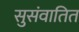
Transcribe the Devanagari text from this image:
सुसंवातित